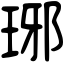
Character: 琊